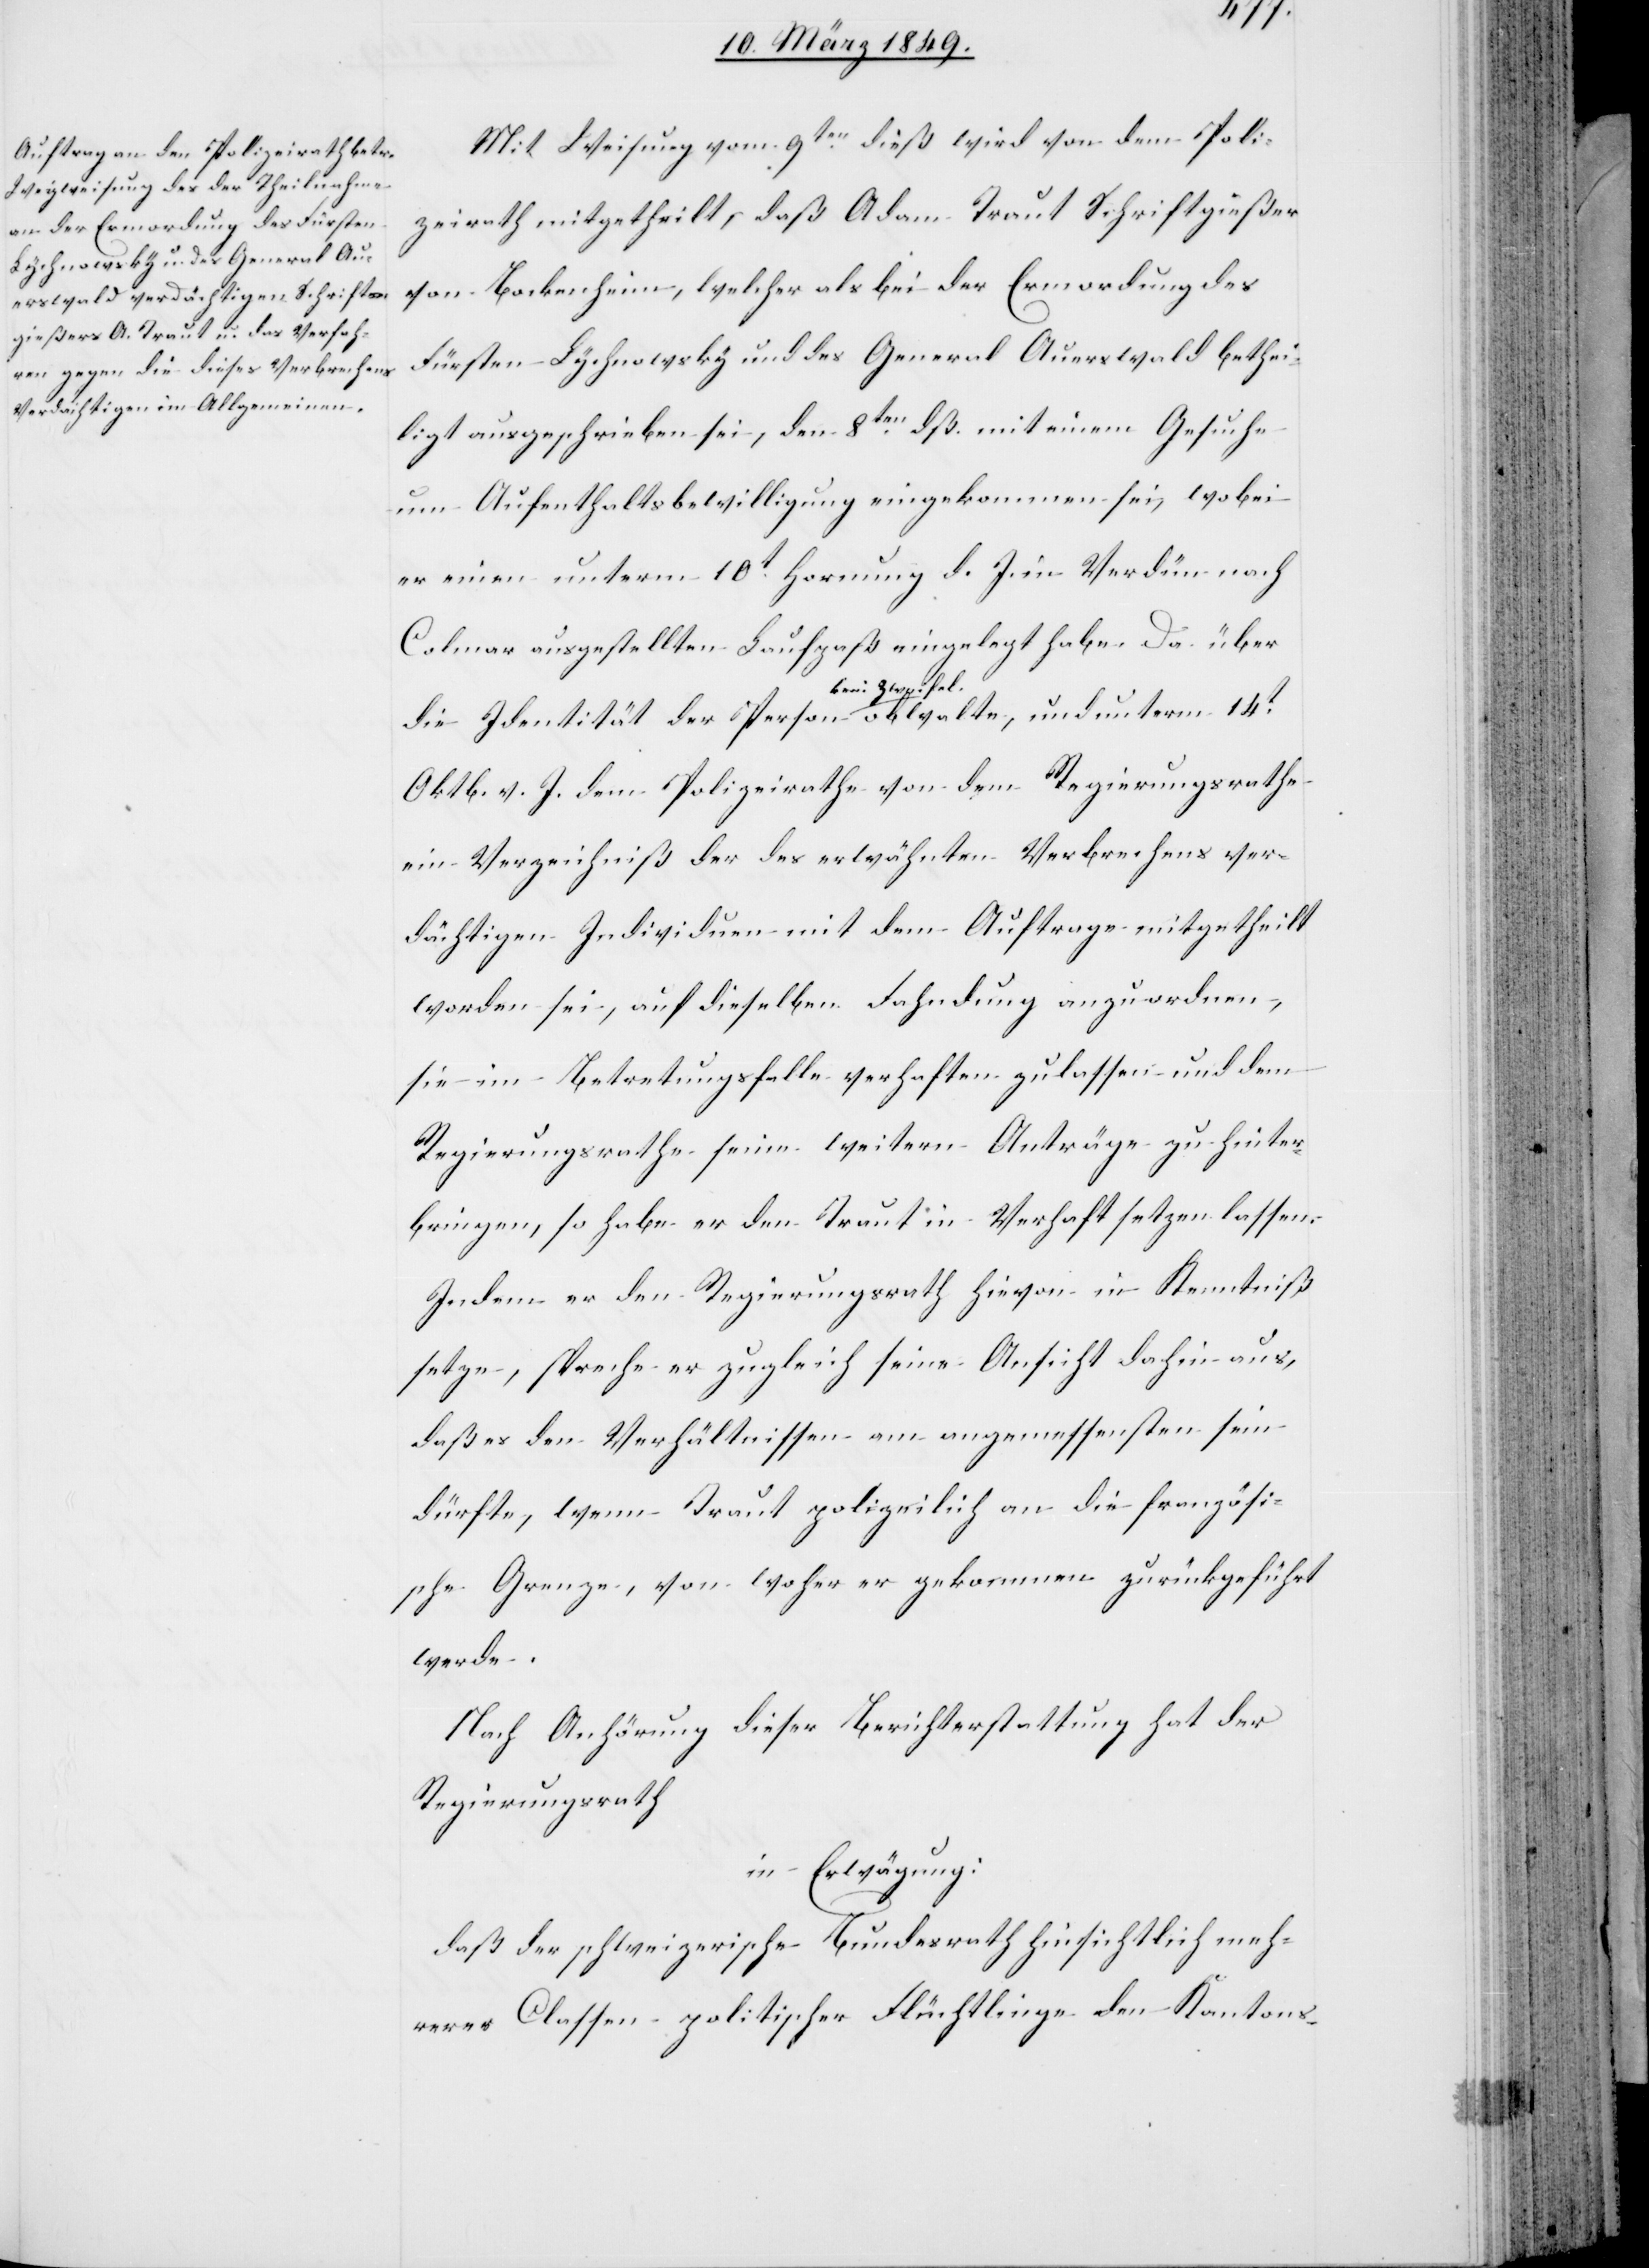
Mit Weisung vom 9ten. dieß wird von dem Poli¬
zeirath mitgetheilt, daß Adam Traut Schriftgießer
von Bockenheim, welcher als bei der Ermordung des
Fürsten Lychnowsky und des General Auerswald bethei¬
ligt ausgeschrieben sei, den 8ten. dß. mit einem Gesuche
um Aufenthaltsbewilligung eingekommen sei, wobei
er einen unterm 10t. Hornung d. J. in Verdün nach
Colmar ausgestellten Laufpaß eingelegt habe. Da über
die Identität der Person kein Zweifel obwalte, und unterm 14t.
Oktb. v. J. dem Polizeirathe von dem Regierungsrathe
ein Verzeichniß der des erwähnten Verbrechens ver¬
dächtigen Individuen mit dem Auftrage mitgetheilt
worden sei, auf dieselben Fahndung anzuordnen,
sie im Betretungsfalle verhaften zu lassen und dem
Regierungsrathe seine weitern Aufträge zu hinter¬
bringen, so habe er den Traut in Verhaft setzen lassen.
Indem er den Regierungsrath hievon in Kenntniß
setze, spreche er zugleich seine Ansicht dahin aus,
daß es den Verhältnissen am angemessensten sein
dürfte, wenn Traut polizeilich an die französi¬
sche Grenze, von woher er gekommen zurückgeführt
werde.
Nach Anhörung dieser Berichterstattung hat der
Regierungsrath
in Erwägung:
daß der schweizerische Bundesrath hinsichtlich meh¬
rerer Classen politischer Flüchtlinge den Kantons-